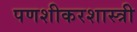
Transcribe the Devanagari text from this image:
पणशीकरशास्त्री